Sanitation, dispensaries and jails vaccination Rajputana 1922-1927 - 1922-1927
Year: 1922
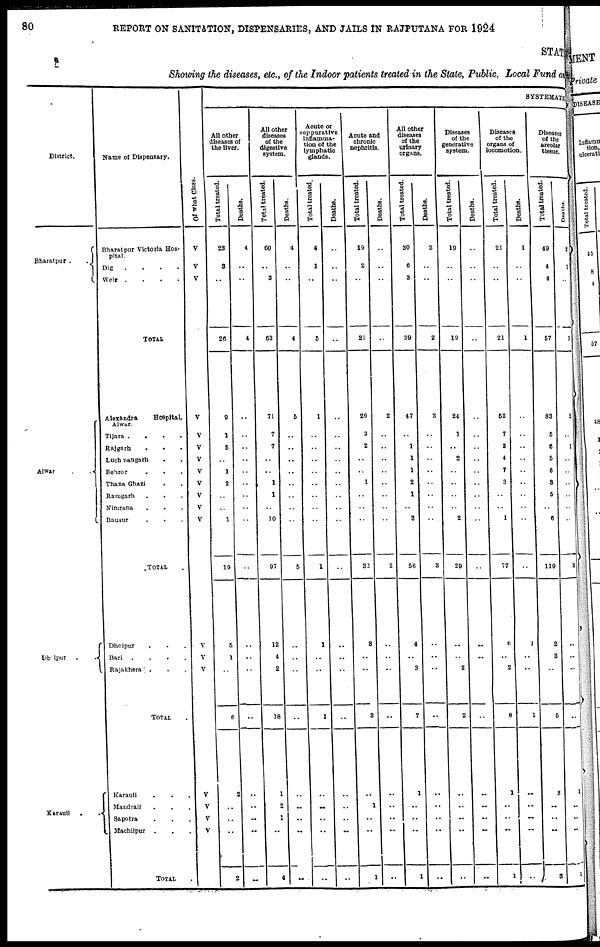
80
REPORT ON SANITATION, DISPENSARIES, AND JAILS IN RAJPUTANA FOR 1924
STAT
Showing the diseases, etc., of the Indoor patients treated in the State, Public, Local Fund and
District.
Bharatpur .
.
Alwar
.
.
Dholpur .
.
Karauli
.
.
Name of Dispensary.
Bharatpur Victoria Hos-
pital.
Dig
.
.
. .
Weir .
.
.
.
TORAL
Alexandra
Hospital,
Alwar.
Tijara .
.
.
.
Rajgarh . . .
Luchmangarh . .
Behror . . .
Thana Ghazi . .
Ramgarh . . .
Nimrana . . .
Bausur . . .
TOTAL .
Dholpur
. . .
Bari .
.
.
.
Rajakhera .
. .
TOTAL .
Karauli
. . .
Mandrail . . .
Sapotra . . .
Machilpur .
. .
TOTAL .
Of what Class.
V
V
V
V
V
V
V
V
V
V
V
V
..
V
V
V
V
V
V
V
SYSTEMATIC
All other
diseases of
the liver.
Total treated.
23
3
..
26
9
1
5
..
1
2
..
..
1
19
5
1
..
6
2
..
..
..
2
Deaths.
4
..
..
4
..
..
..
..
..
..
..
..
..
..
..
..
..
..
..
..
..
..
..
All other
diseases
of the
digestive
system.
Total treated.
60
..
3
63
71
7
7
..
..
1
1
..
10
97
12
4
2
18
1
2
1
..
4
Deaths.
4
..
..
4
5
..
..
..
..
..
..
..
..
5
..
..
..
..
..
..
..
..
..
Acute or
suppurative
inflamma-
tion of the
lymphatic
glands.
Total treated.
4
1
..
5
1
..
..
..
..
..
..
..
..
1
1
..
..
1
..
..
..
..
..
Deaths.
..
..
..
..
..
..
..
..
..
..
..
..
..
..
..
..
..
..
..
..
..
..
..
Acute and
chronic
nephritis.
Total treated.
19
2
..
21
26
3
2
..
..
1
..
..
..
32
8
..
..
3
..
1
..
..
1
Deaths.
..
..
..
..
2
..
..
..
..
..
..
..
..
2
..
..
..
..
..
..
..
..
..
All other
diseases
of the
urinary
organs.
Total treated.
30
6
3
39
47
..
1
1
1
2
1
..
3
56
4
..
3
7
1
..
..
..
1
Deaths.
2
..
..
2
3
..
..
..
..
..
..
..
..
3
..
..
..
..
..
..
..
..
..
Diseases
of the
generative
system.
Total treated.
19
..
..
19
24
1
..
2
..
..
..
..
2
29
..
..
2
2
..
..
..
..
..
Deaths.
..
..
..
..
..
..
..
..
..
..
..
..
..
..
..
..
..
..
..
..
..
..
..
Diseases
of the
organs of
locomotion.
Total treated.
21
..
..
21
52
7
3
4
7
3
..
..
1
77
6
..
2
8
1
..
..
..
1
Deaths.
1
..
..
1
..
..
..
..
..
..
..
..
..
..
1
..
..
1
..
..
..
..
..
Diseases
of the
areolar
tissue.
Total treated.
49
4
4
57
83
5
6
5
6
3
5
..
6
119
2
3
..
5
3
..
..
..
3
Deaths.
2
1
..
3
2
..
1
..
..
..
..
..
..
8
..
..
..
..
1
..
..
..
1